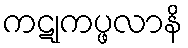
ကဋုကပ္ဖလာနိ